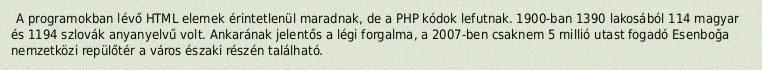
A programokban lévő HTML elemek érintetlenül maradnak, de a PHP kódok lefutnak. 1900-ban 1390 lakosából 114 magyar és 1194 szlovák anyanyelvű volt. Ankarának jelentős a légi forgalma, a 2007-ben csaknem 5 millió utast fogadó Esenboğa nemzetközi repülőtér a város északi részén található.